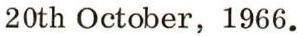
20th October, 1966.